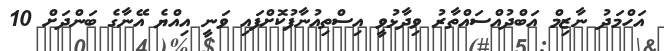
އަހްމަދު ނާޒިމް އަބްދުއްސައްތާރު ވިދާޅުވީ އިސްތިއުނާފުކޮށްފައި ވަނީ އިއްޔެ އޭނާގެ ބަންދަށް 10